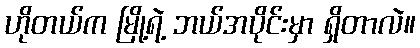
ဟိုတယ်က မြို့ရဲ့ ဘယ်အပိုင်းမှာ ရှိတာလဲ။